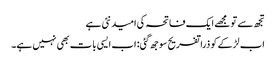
تجھ سے تو مجھے ایک فاتحہ کی امید نئی ہے
اب لڑکے کو ذرا تفریح سوجھ گئی: اب ایسی بات بھی نہیں ہے۔